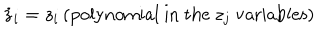
LaTeX: { \dot { z } } _ { i } = z _ { i } \, ( \mathrm { p o l y n o m i a l ~ i n ~ t h e ~ } z _ { j } \mathrm { ~ v a r i a b l e s } )